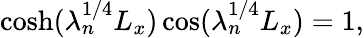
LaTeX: \cosh(\lambda_{n}^{1/4}L_{x})\cos(\lambda_{n}^{1/4}L_{x})=1,